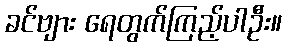
ခင်ဗျား ရေတွက်ကြည့်ပါဦး။